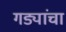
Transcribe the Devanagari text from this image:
गड्यांचा